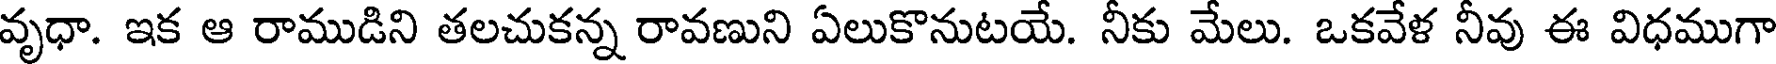
వృధా. ఇక ఆ రాముడిని తలచుకన్న రావణుని ఏలుకొనుటయే. నీకు మేలు. ఒకవేళ నీవు ఈ విధముగా